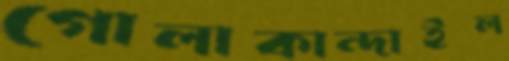
গোলাকান্দাইল